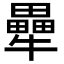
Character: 𭷶